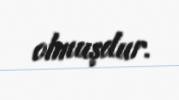
olmuşdur.